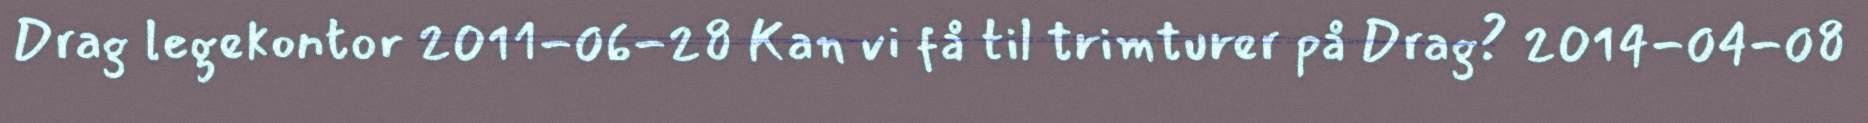
Drag legekontor 2011-06-28 Kan vi få til trimturer på Drag? 2014-04-08